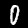
Digit: 0